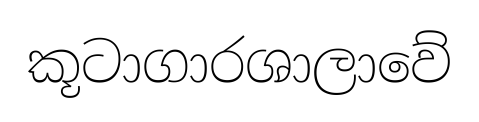
කූටාගාරශාලාවේ